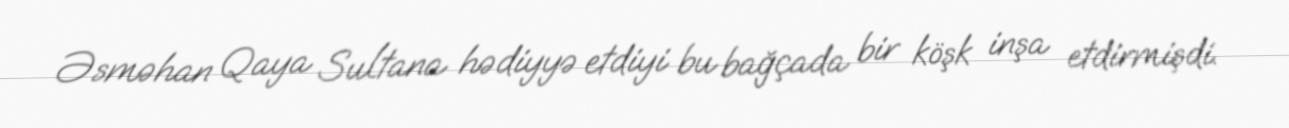
Əsməhan Qaya Sultana hədiyyə etdiyi bu bağçada bir köşk inşa etdirmişdi.